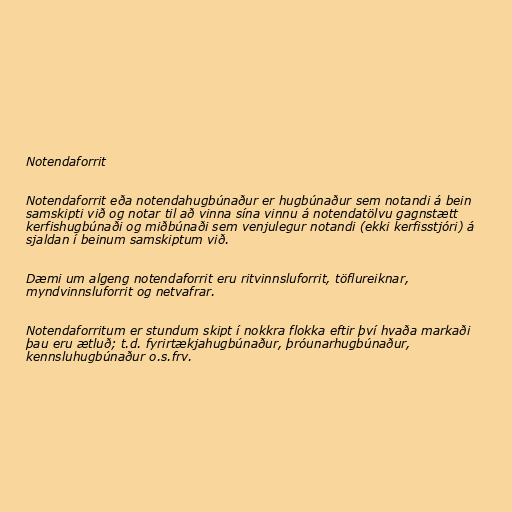
Notendaforrit

Notendaforrit eða notendahugbúnaður er hugbúnaður sem notandi á bein
samskipti við og notar til að vinna sína vinnu á notendatölvu gagnstætt
kerfishugbúnaði og miðbúnaði sem venjulegur notandi (ekki kerfisstjóri) á
sjaldan í beinum samskiptum við.

Dæmi um algeng notendaforrit eru ritvinnsluforrit, töflureiknar,
myndvinnsluforrit og netvafrar.

Notendaforritum er stundum skipt í nokkra flokka eftir því hvaða markaði
þau eru ætluð; t.d. fyrirtækjahugbúnaður, þróunarhugbúnaður,
kennsluhugbúnaður o.s.frv.